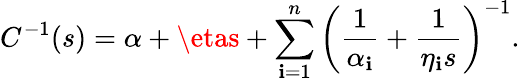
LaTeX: C^{-1}(s)=\alpha+\etas+\sum_{\mathbf{i}=1}^{n}\left(\frac{{1}}{{\alpha_{\mathbf{i}}}}+\frac{{1}}{{\eta_{\mathbf{i}}s}}\right)^{-1}.